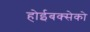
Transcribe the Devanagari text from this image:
होईबक्सेको